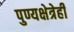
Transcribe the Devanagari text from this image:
पुण्यक्षेत्रेही